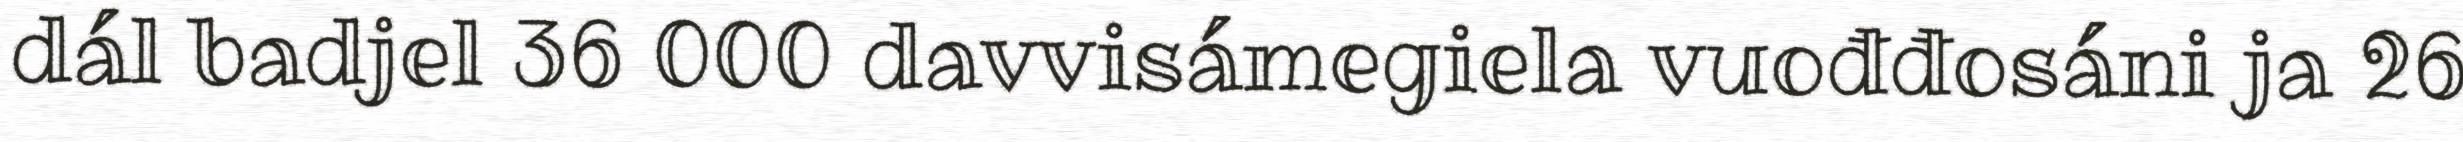
dál badjel 36 000 davvisámegiela vuođđosáni ja 26